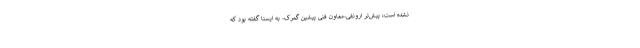
نشده است، پیش‌تر ارونقی-معاون فنی پیشین گمرک- به ایسنا گفته بود که